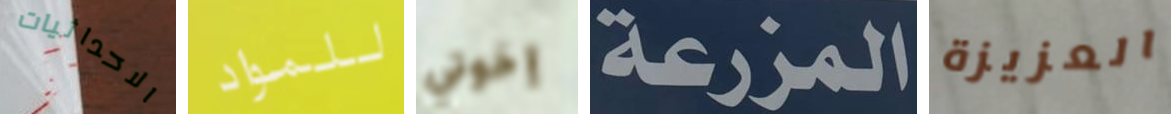
الاحداثيات للمواد إخوتي المزرعة العزيزة